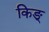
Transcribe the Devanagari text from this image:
किङ्